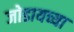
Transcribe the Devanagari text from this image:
जोडायच्या